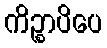
ကိဉ္စာပိပေ